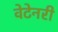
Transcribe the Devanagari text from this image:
वेटेनरी